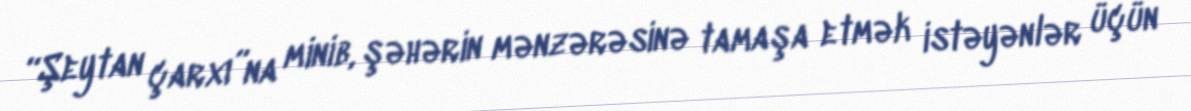
“Şeytan çarxı”na minib, şəhərin mənzərəsinə tamaşa etmək istəyənlər üçün